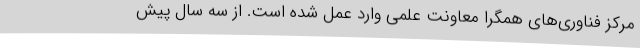
مرکز فناوری‌های همگرا معاونت علمی وارد عمل شده است. از سه سال پیش